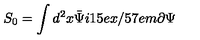
S _ { 0 } = \int d ^ { 2 } x \bar { \Psi } i \raise . 1 5 e x \mathrm { / } \kern - . 5 7 e m \mathrm { \partial } \Psi